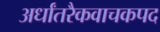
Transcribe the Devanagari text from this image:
अर्धांतरैकवाचकपद